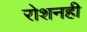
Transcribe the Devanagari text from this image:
रोशनही